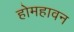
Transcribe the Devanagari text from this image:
होमहावन